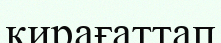
қирағаттап